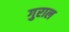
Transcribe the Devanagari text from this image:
गुराल